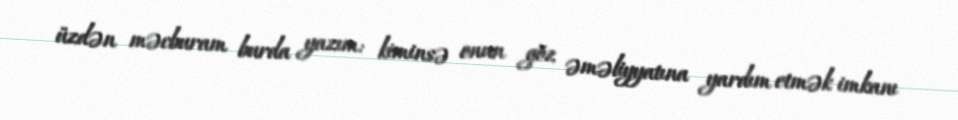
üzdən məcburam burda yazım: kiminsə onun göz əməliyyatına yardım etmək imkanı